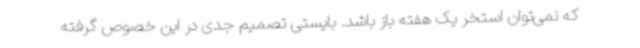
که نمی‌توان استخر یک هفته باز باشد. بایستی تصمیم جدی در این خصوص گرفته